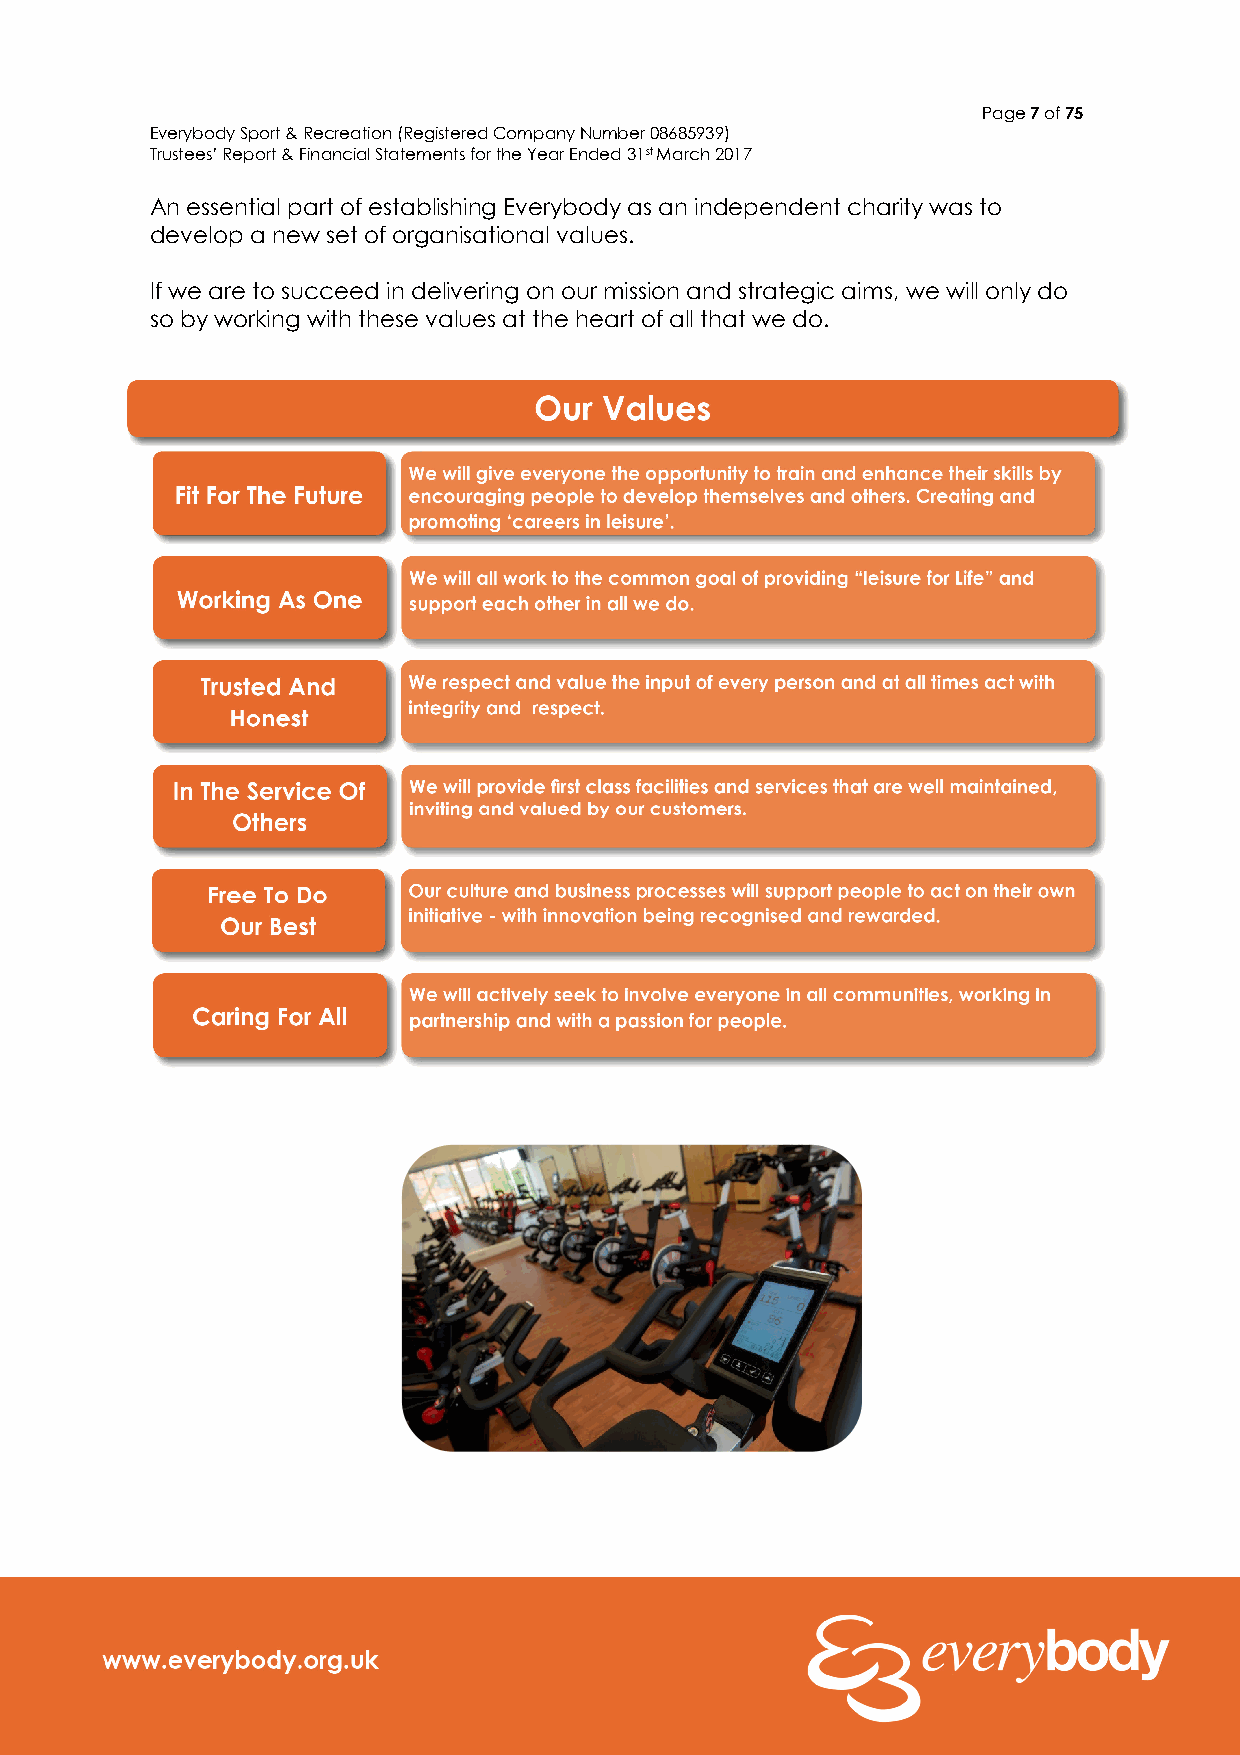
Page 7 of 75
 Everybody Sport & Recreation (Registered Company Number 08685939)
 Trustees’ Report & Financial Statements for the Year Ended 31st March 2017
 An essential part of establishing Everybody as an independent charity was to
 develop a new set of organisational values.
 If we are to succeed in delivering on our mission and strategic aims, we will only do
 so by working with these values at the heart of all that we do.
 What  We  Do….